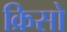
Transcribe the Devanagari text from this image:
क्रिसो